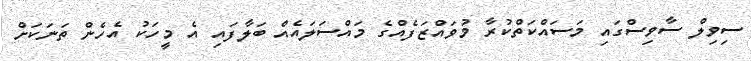
ސިވިލް ސާވިސްގައި މަސައްކަތްކުރާ މުވައްޒަފެއްގެ މައްސަލައެއް ބަލާފައި އެ މީހަކު އެހެން ތަނަކަށް